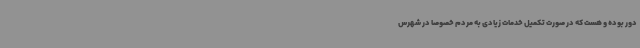
دور بوده و هست که در صورت تکمیل خدمات زیادی به مردم خصوصا در شهرس